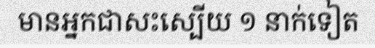
មានអ្នកជាសះស្បើយ ១ នាក់ទៀត